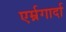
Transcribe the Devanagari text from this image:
एर्म्नगार्दा